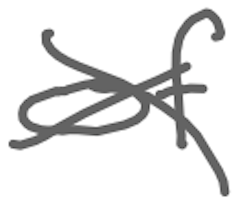
Text: of
Cross-out: cross
Writing tool: digital_gray